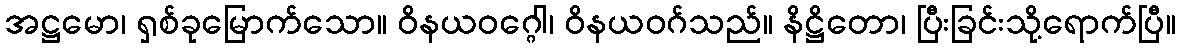
အဋ္ဌမော၊ ရှစ်ခုမြောက်သော။ ဝိနယဝဂ္ဂေါ၊ ဝိနယဝဂ်သည်။ နိဋ္ဌိတော၊ ပြီးခြင်းသို့ရောက်ပြီ။